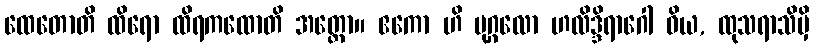
ထေတောတိ ထိရော ထိရကထောတိ အတ္ထော။ ဧကော ဟိ ပုဂ္ဂလော ဟလိဒ္ဒိရာဂေါ ဝိယ, ထုသရာသိမှိ